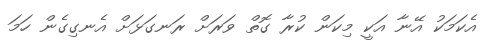
އެކަމަކު އޭނާ އަކީ މިކަން ކުރާ ގޮތް ވަރަށް ރަނގަޅަށް އެނގިގެން ހަމަ